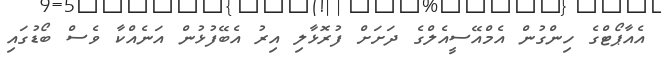
އެއާޕޯޓްގެ ހިންގުން އެމްއޭސީއެލްގެ ދަށަށް ފުރޮޅާލި އިރު އެބޭފުޅުން އަނެއްކާ ވެސް ބޯޑުގައި